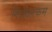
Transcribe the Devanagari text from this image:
निरोधात्कम